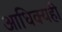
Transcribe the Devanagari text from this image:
आधिक्यही